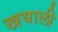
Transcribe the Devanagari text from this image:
खयाली